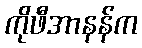
ကိုဖီအာနန်က